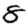
Digit: 8